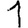
Digit: 1